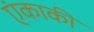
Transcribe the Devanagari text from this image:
एंकाकी